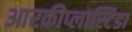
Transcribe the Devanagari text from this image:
आरकीप्लास्टिडा